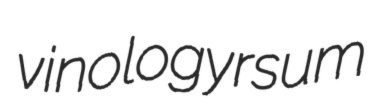
vinology rsum